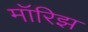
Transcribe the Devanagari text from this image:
मॉरिझ